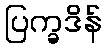
ပြက္ခဒိန်